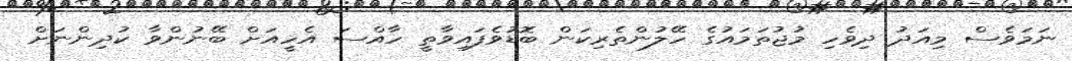
ނަމަވެސް މިއަދު ދިވެހި މުޖުތަމައުގެ ހޭލުންތެރިކަން ބޮޑުވެފައިވާތީ ހާއްސަ އެހީއަށް ބޭނުންވާ ކުދިންނަށް